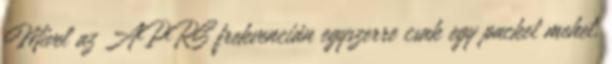
Mivel az APRS frekvencián egyszerre csak egy packet mehet,